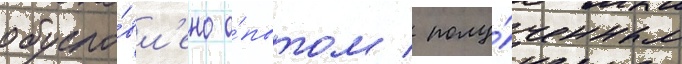
обусло́вл'ено о́пытом / полу́ченным